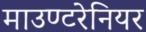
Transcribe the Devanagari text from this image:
माउण्टरेनियर